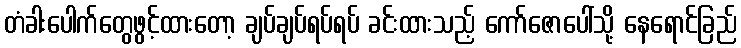
တံခါးပေါက်တွေဖွင့်ထားတော့ ချပ်ချပ်ရပ်ရပ် ခင်းထားသည့် ကော်ဇောပေါ်သို့ နေရောင်ခြည်